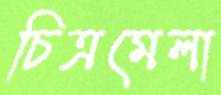
চিত্রমেলা